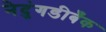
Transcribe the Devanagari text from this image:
नेदुंगडीबँक